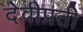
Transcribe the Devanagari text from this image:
देवीप्रती